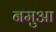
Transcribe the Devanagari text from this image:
नमुआ